Indian journal of veterinary science and animal husbandry - Volume 5,
Year: 1935
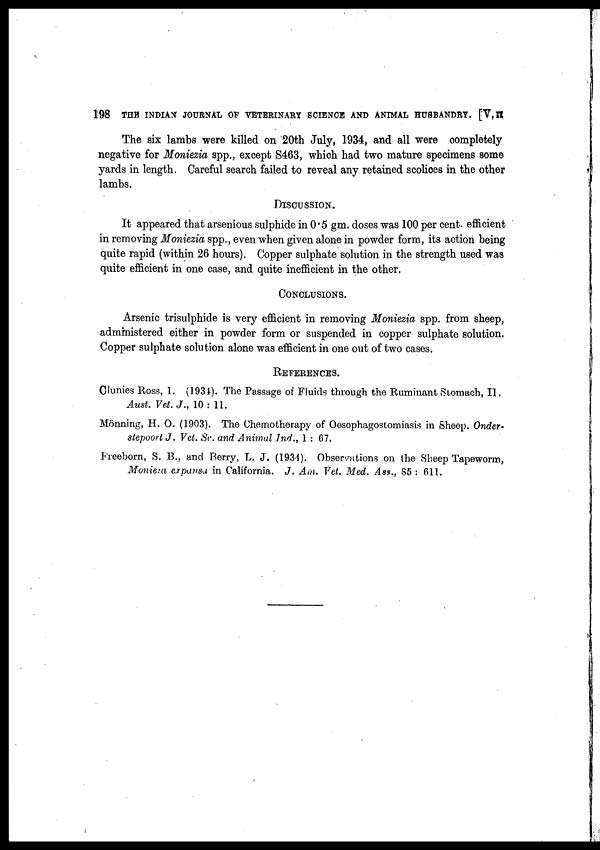
198 THE INDIAN JOURNAL OF VETERINARY SCIENCE AND ANIMAL HUSBANDRY. [V, II
The six lambs were killed on 20th July, 1934, and all were completely
negative for Moniezia spp., except S463, which had two mature specimens some
yards in length. Careful search failed to reveal any retained scolioes in the other
lambs.
DISCUSSION.
It appeared that arsenious sulphide in 0.5 gm. doses was 100 per cent. efficient
in removing Moniezia spp., even when given alone in powder form, its action being
quite rapid (within 26 hours). Copper sulphate solution in the strength used was
quite efficient in one case, and quite inefficient in the other.
CONCLUSIONS.
Arsenic trisulphide is very efficient in removing Moniezia spp. from sheep,
administered either in powder form or suspended in copper sulphate solution.
Copper sulphate solution alone was efficient in one out of two cases.
REFERENCES.
Clunies Ross, 1. (1934). The Passage of Fluids through the Ruminant Stomach, II.
Aust. Vet. J., 10 : 11.
Monning, H. O. (1903). The Chemotherapy of Oesophagostomiasis in Sheep. Onder-
stepoort J. Vet. Sc. and Animal Ind., 1 : 67.
Freeborn, S. B., and Berry, L. J. (1934). Observations on the Sheep Tapeworm,
Monieza expansa in California. J. Am. Vet. Med. Ass., 85 : 611.